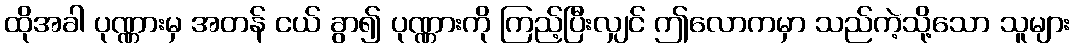
ထိုအခါ ပုဏ္ဏားမှ အတန် ငယ် ခွာ၍ ပုဏ္ဏားကို ကြည့်ပြီးလျှင် ဤလောကမှာ သည်ကဲ့သို့သော သူများ